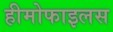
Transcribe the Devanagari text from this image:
हीमोफाइलस